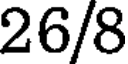
26/8